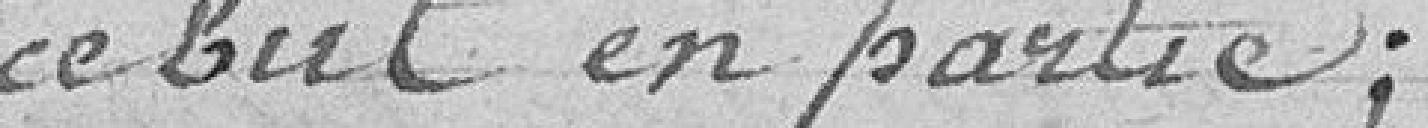
ce but en partie ;